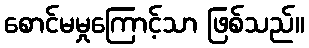
စောင်မမှုကြောင့်သာ ဖြစ်သည်။